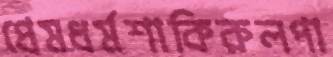
প্রেমধর্মশাকিরুলপা